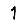
Digit: 1